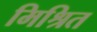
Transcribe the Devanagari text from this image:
मिश्रित